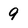
Character: 9